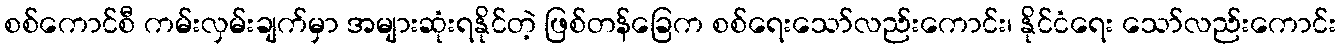
စစ်ကောင်စီ ကမ်းလှမ်းချက်မှာ အများဆုံးရနိုင်တဲ့ ဖြစ်တန်ခြေက စစ်ရေးသော်လည်းကောင်း၊ နိုင်ငံရေး သော်လည်းကောင်း